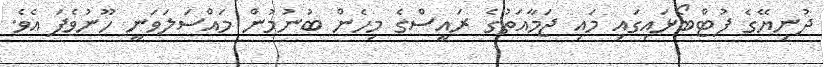
ދުނިޔޭގެ ފުޓްބޯޅައިގައި މައި ޖަމާއަތުގެ ރައީސްގެ މިހެން ބުނުމުން މައްސަލަވަނީ ހޫނުވެފަ އެވެ.